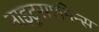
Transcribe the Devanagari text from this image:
नाइट्रसएमिन्स